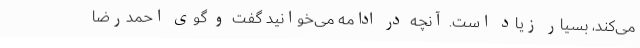
می‌کند، بسیار زیاد است. آنچه در ادامه می‌خوانید گفت و گوی احمدرضا